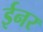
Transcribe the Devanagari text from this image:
ईनर